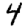
Digit: 4